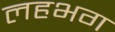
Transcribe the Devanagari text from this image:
लहभग